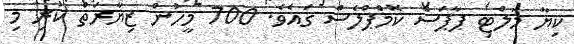
ކިޔާ މަލްޓި ޕާޕަސް ކޮމްޕްލެސް ގައެވެ. 700 މީހުން ޒިޔާރަތް ކުރި މި